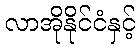
လာအိုနိုင်ငံနှင့်